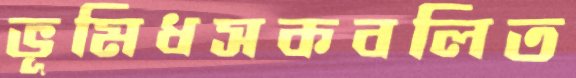
ভূমিধসকবলিত